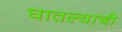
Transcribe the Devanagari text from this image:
घातल्याची